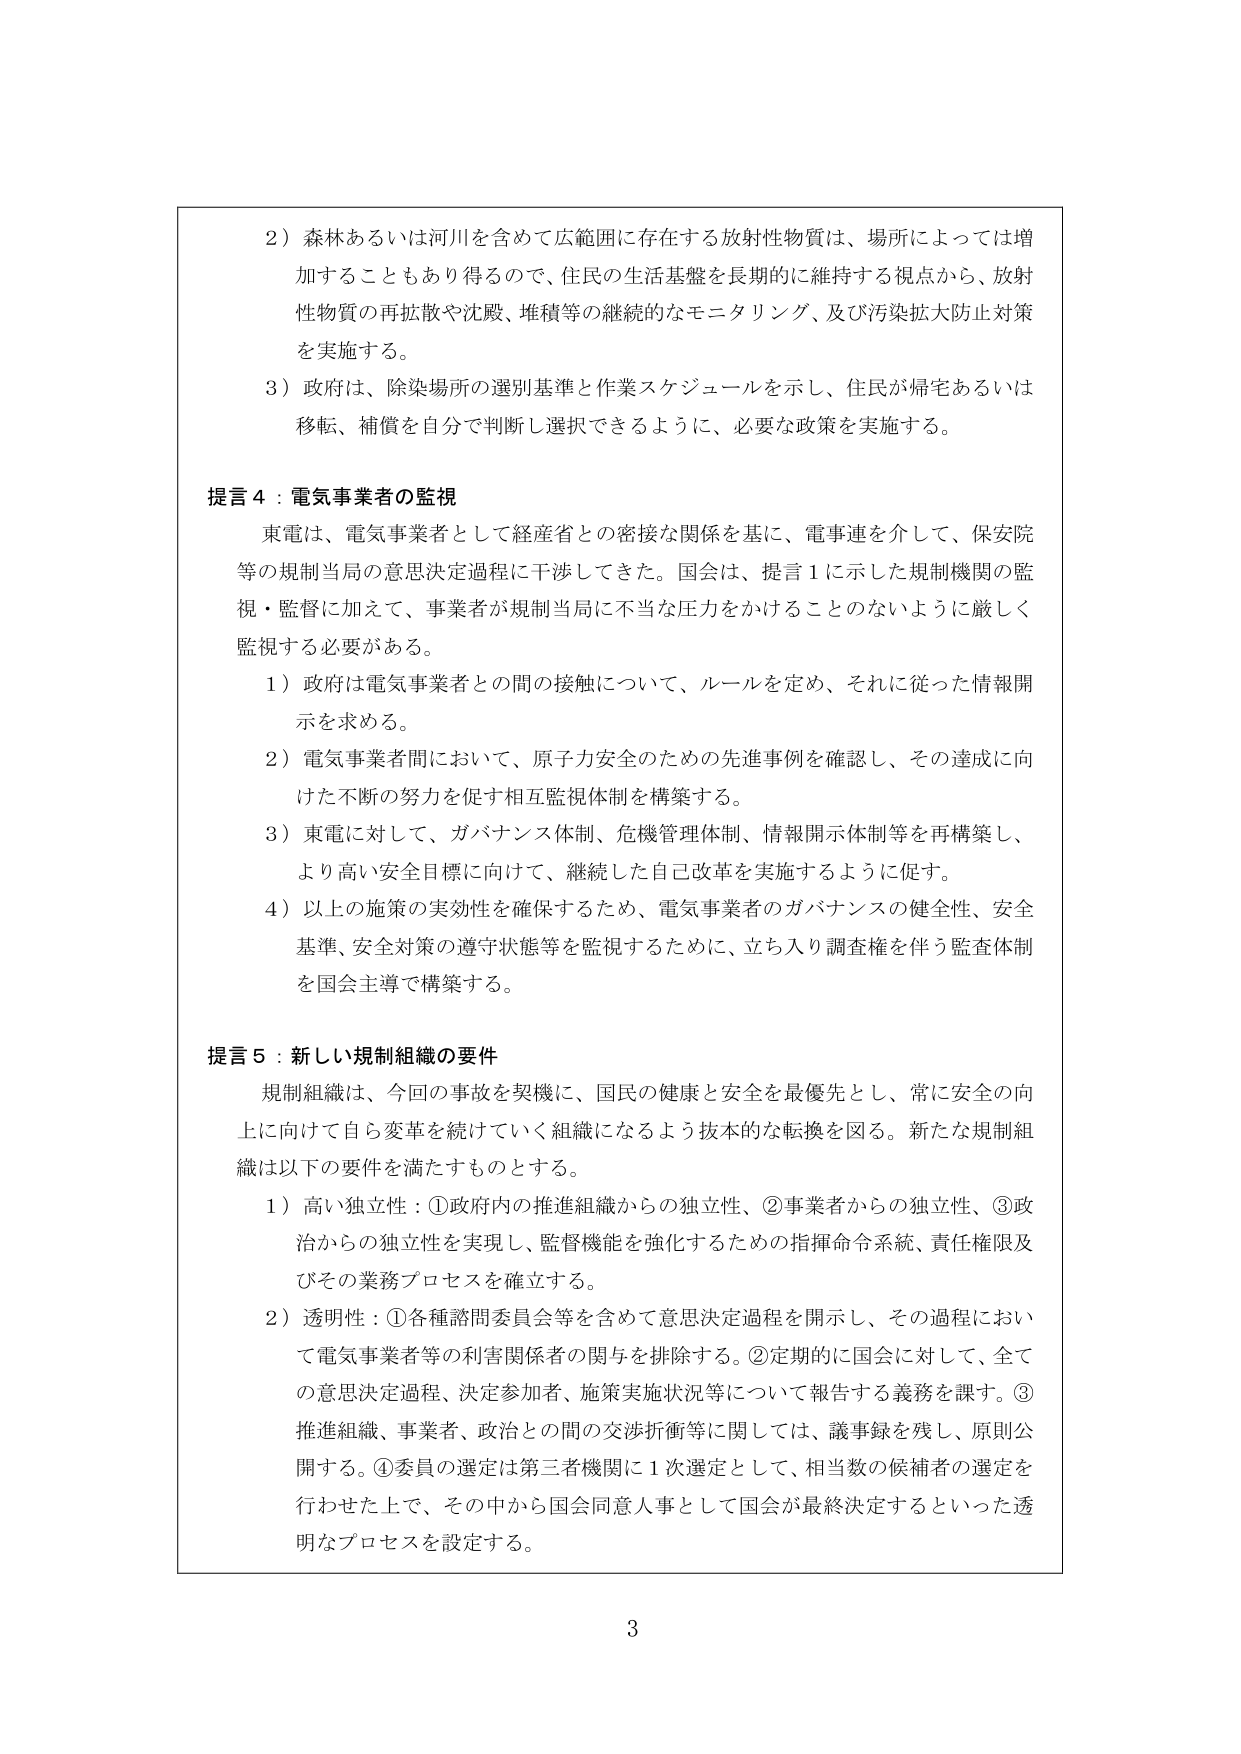
2）森林あるいは河川を含めて広範囲に存在する放射性物質は、場所によっては増加することもあり得るので、住民の生活基盤を長期的に維持する視点から、放射性物質の再拡散や沈殿、堆積等の継続的なモニタリング、及び汚染拡大防止対策を実施する。

3）政府は、除染場所の選別基準と作業スケジュールを示し、住民が帰宅あるいは移転、補償を自分で判断し選択できるように、必要な政策を実施する。

提言4：電気事業者の監視

東電は、電気事業者として経産省との密接な関係を基に、電事連を介して、保安院等の規制当局の意思決定過程に干渉してきた。国会は、提言1に示した規制機関の監視・監督に加えて、事業者が規制当局に不当な圧力をかけることのないように厳しく監視する必要がある。

1）政府は電気事業者との間の接触について、ルールを定め、それに従った情報開示を求める。

2）電気事業者間において、原子力安全のための先進事例を確認し、その達成に向けた不断の努力を促す相互監視体制を構築する。

3）東電に対して、ガバナンス体制、危機管理体制、情報開示体制等を再構築し、より高い安全目標に向けて、継続した自己改革を実施するように促す。

4）以上の施策の実効性を確保するため、電気事業者のガバナンスの健全性、安全基準、安全対策の遵守状態等を監視するために、立ち入り調査権を伴う監査体制を国会主導で構築する。

提言5：新しい規制組織の要件

規制組織は、今回の事故を契機に、国民の健康と安全を最優先とし、常に安全の向上に向けて自ら変革を続けていく組織になるよう抜本的な転換を図る。新たな規制組織は以下の要件を満たすものとする。

1）高い独立性：①政府内の推進組織からの独立性、②事業者からの独立性、③政治からの独立性を実現し、監督機能を強化するための指揮命令系統、責任権限及びその業務プロセスを確立する。

2）透明性：①各種諮問委員会等を含めて意思決定過程を開示し、その過程において電気事業者等の利害関係者の関与を排除する。②定期的に国会に対して、全ての意思決定過程、決定参加者、施策実施状況等について報告する義務を課す。③推進組織、事業者、政治との間の交渉折衝等に関しては、議事録を残し、原則公開する。④委員の選定は第三者機関に1次選定として、相当数の候補者の選定を行わせた上で、その中から国会同意人事として国会が最終決定するといった透明なプロセスを設定する。

3